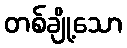
တစ်ချို့သော